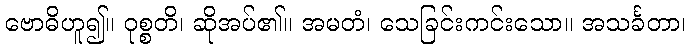
ဗောဓိဟူ၍။ ဝုစ္စတိ၊ ဆိုအပ်၏။ အမတံ၊ သေခြင်းကင်းသော။ အသင်္ခတာ၊